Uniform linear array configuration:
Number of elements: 16
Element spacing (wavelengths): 1
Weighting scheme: binomial
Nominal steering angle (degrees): -30
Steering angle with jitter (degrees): -30.47
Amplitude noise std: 0.05
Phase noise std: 0.05

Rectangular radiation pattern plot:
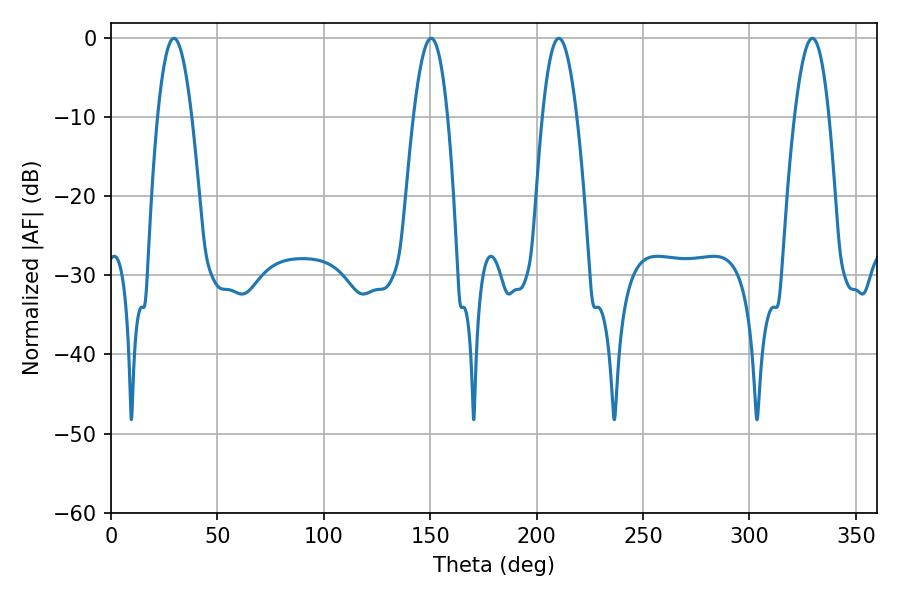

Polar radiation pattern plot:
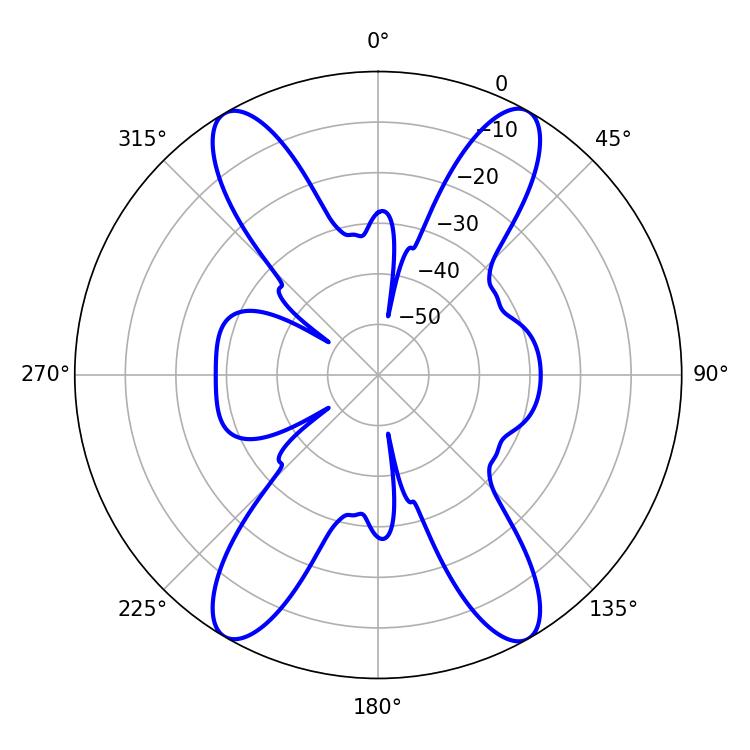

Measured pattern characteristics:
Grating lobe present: TRUE
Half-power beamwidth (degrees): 8.82
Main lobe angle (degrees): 210.42